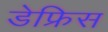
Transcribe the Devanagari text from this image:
डेफ्रिस